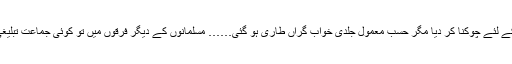
سوامی دیانند کی مہذب اسلام کے متعلق بدظنی نے مسلمانوں کو تھوڑی دیر کے لئے چوکنا کر دیا مگر حسب معمول جلدی خواب گراں طاری ہو گئی…… مسلمانوں کے دیگر فرقوں میں تو کوئی جماعت تبلیغی اغراض کے لئے پیدا نہ ہو سکی ہاں ایک دل (حضرت مسیح موعودؑ مرادہیں۔